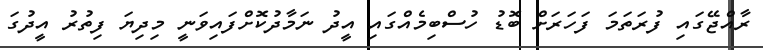
ރާއްޖޭގައި ފުރަތަމަ ފަހަރަށް ބޮޑު ހުސްބިމެއްގައި އީދު ނަމާދުކޮށްފައިވަނީ މިދިޔަ ފިތުރު އީދުގަ